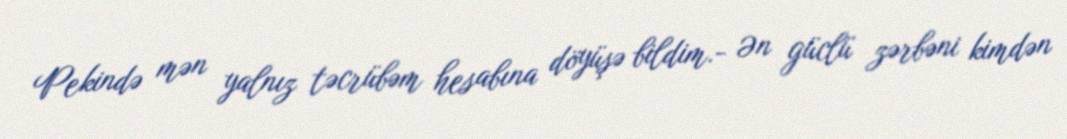
Pekində mən yalnız təcrübəm hesabına döyüşə bildim.- Ən güclü zərbəni kimdən